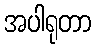
အပါရုတာ